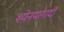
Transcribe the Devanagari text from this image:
श्येनयागादी